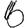
Digit: 6